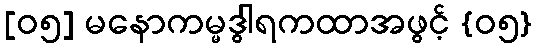
[၀၅] မနောကမ္မဒွါရကထာအဖွင့် {၀၅}